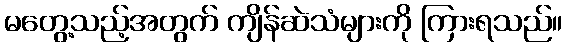
မတွေ့သည့်အတွက် ကျိန်ဆဲသံများကို ကြားရသည်။